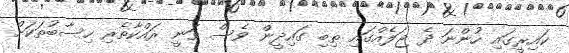
ކައިރީގައި ހުންނަ ދެ ޖަލެއްގައި ތިބި ގައިދީން ވެސް ވަނީ ރައްކާތެރި ހިސާބުތަކަށް